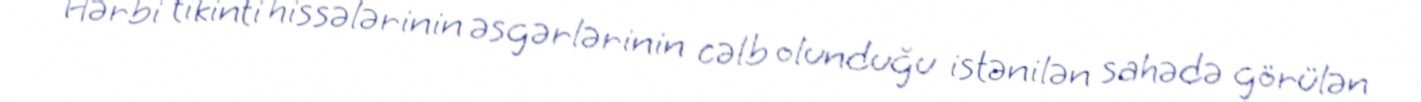
Hərbi tikinti hissələrinin əsgərlərinin cəlb olunduğu istənilən sahədə görülən